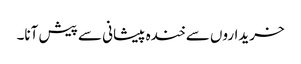
خریداروں سے خندہ پیشانی سے پیش آنا۔